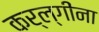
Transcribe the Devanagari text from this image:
कर्ल्गींना